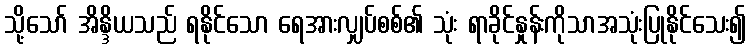
သို့သော် အိန္ဒိယသည် ရနိုင်သော ရေအားလျှပ်စစ်၏ သုံး ရာခိုင်နှုန်းကိုသာအသုံးပြုနိုင်သေး၍